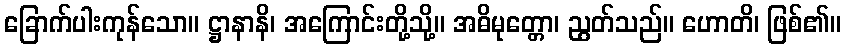
ခြောက်ပါးကုန်သော။ ဋ္ဌာနာနိ၊ အကြောင်းတို့သို့။ အဓိမုတ္တော၊ ညွတ်သည်။ ဟောတိ၊ ဖြစ်၏။